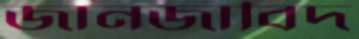
জানজাবিদ